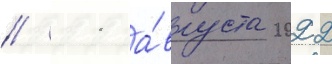
// 11 а́вгуста 2022